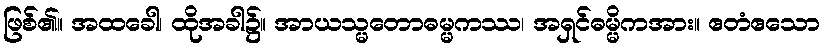
ဖြစ်၏။ အထခေါ၊ ထိုအခါ၌။ အာယသ္မတောဓမ္မကဿ၊ အရှင်ဓမ္မိကအား။ ဧတံဧသော